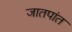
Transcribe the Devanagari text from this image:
जातपांत